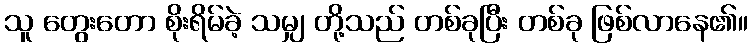
သူ တွေးတော စိုးရိမ်ခဲ့ သမျှ တို့သည် တစ်ခုပြီး တစ်ခု ဖြစ်လာနေ၏။